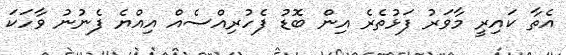
އެތާ ކައިރީ މާވަރު ފަޅުތެރެ އިން ބޮޑު ފެހުރިއްސެއް އިއްޔެ ފެނުނު ވާހަކަ